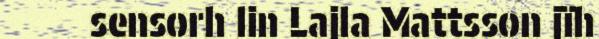
sensorh lin Lajla Mattsson jïh